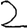
Digit: 2